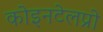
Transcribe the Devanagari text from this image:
कोइनटेलप्रो